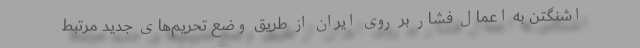
اشنگتن به اعمال فشار بر روی ایران از طریق وضع تحریم‌های جدید مرتبط